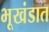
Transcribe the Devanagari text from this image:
भूखंडात